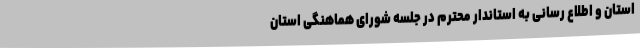
استان و اطلاع رسانی به استاندار محترم در جلسه شورای هماهنگی استان